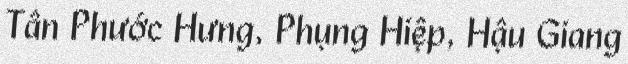
Tân Phước Hưng, Phụng Hiệp, Hậu Giang